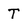
Character: T